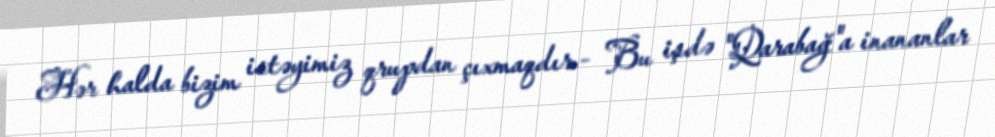
Hər halda bizim istəyimiz qrupdan çıxmaqdır.- Bu işdə "Qarabağ"a inananlar